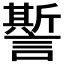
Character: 𧬊